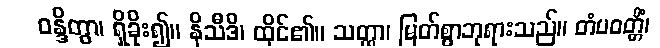
ဝန္ဒိတွာ၊ ရှိခိုး၍။ နိသီဒိ၊ ထိုင်၏။ သတ္ထာ၊ မြတ်စွာဘုရားသည်။ တံပဝတ္တိံ၊